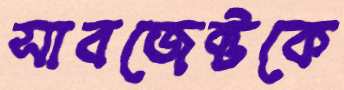
সাবজেক্টকে